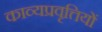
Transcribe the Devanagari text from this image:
काव्यप्रवृत्तियों